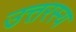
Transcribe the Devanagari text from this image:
उत्तरस्य